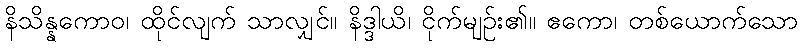
နိသိန္နကောဝ၊ ထိုင်လျက် သာလျှင်။ နိဒ္ဒါယိ၊ ငိုက်မျဉ်း၏။ ဧကော၊ တစ်ယောက်သော